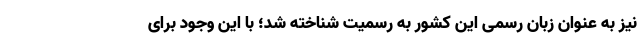
نیز به عنوان زبان رسمی این کشور به رسمیت شناخته شد؛ با این وجود برای